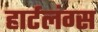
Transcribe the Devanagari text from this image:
हार्टलंग्स